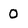
Character: 0